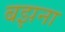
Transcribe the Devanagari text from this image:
बझना